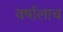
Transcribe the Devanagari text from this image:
वर्षालाच